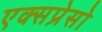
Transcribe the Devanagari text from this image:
एक्सप्रेसो